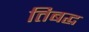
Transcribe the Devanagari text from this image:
तिबद्ध